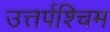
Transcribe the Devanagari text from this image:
उत्तर्पश्चिम